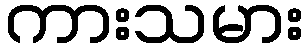
ကားသမား